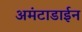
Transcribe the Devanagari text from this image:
अमंटाडाईन